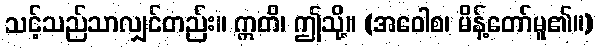
သင့်သည်သာလျှင်တည်း။ ဣတိ၊ ဤသို့။ (အဝေါစ၊ မိန့်တော်မူ၏။)